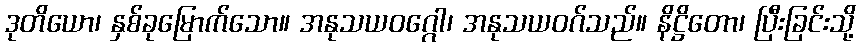
ဒုတိယော၊ နှစ်ခုမြောက်သော။ အနုသယဝဂ္ဂေါ၊ အနုသယဝဂ်သည်။ နိဋ္ဌိတော၊ ပြီးခြင်းသို့